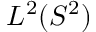
L ^ { 2 } ( S ^ { 2 } )